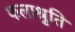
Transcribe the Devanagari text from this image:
फलाश्रुति